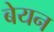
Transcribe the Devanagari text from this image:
बेयन